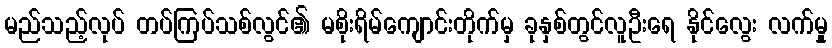
မည်သည့်လုပ် တပ်ကြပ်သစ်လွင်၏ မစိုးရိမ်ကျောင်းတိုက်မှ ခုနှစ်တွင်လူဦးရေ နိုင်လွေး လက်မှု